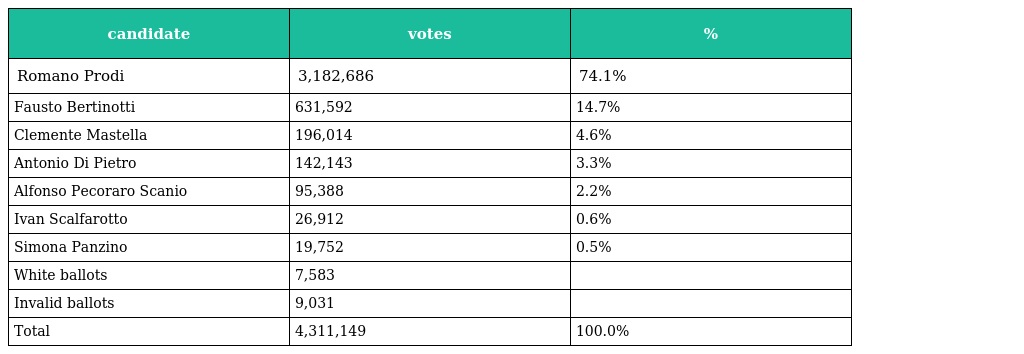
| candidate | votes | % |
 | --- | --- | --- |
 | Romano Prodi | 3,182,686 | 74.1% |
 | Fausto Bertinotti | 631,592 | 14.7% |
 | Clemente Mastella | 196,014 | 4.6% |
 | Antonio Di Pietro | 142,143 | 3.3% |
 | Alfonso Pecoraro Scanio | 95,388 | 2.2% |
 | Ivan Scalfarotto | 26,912 | 0.6% |
 | Simona Panzino | 19,752 | 0.5% |
 | White ballots | 7,583 |  |
 | Invalid ballots | 9,031 |  |
 | Total | 4,311,149 | 100.0% |